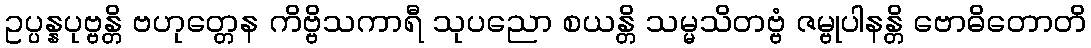
ဥပ္ပန္နပုဗ္ဗန္တိ ဗဟုတ္တေန ကိဗ္ဗိသကာရီ သုပညော စယန္တိ သမ္မသိတဗ္ဗံ ဇမ္ဗုပါနန္တိ ဗောဓိတောတိ